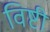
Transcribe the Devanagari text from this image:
विष्टी